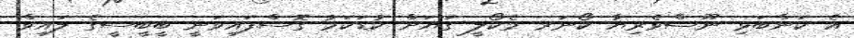
އެ ކަންބަޅި ނޫސްވެރިޔާ ކޯނަރ މެކޯލީ ގަޔަށް ކުޑަކަމު ގޮސްފައިވަނީ ބީބީސީގެ ލައިވް